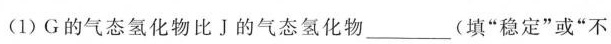
(1)G的气态氢化物比丁的气态氢化物____(填”稳定”或”不